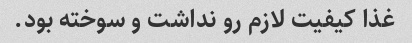
غذا کیفیت لازم رو نداشت و سوخته بود.